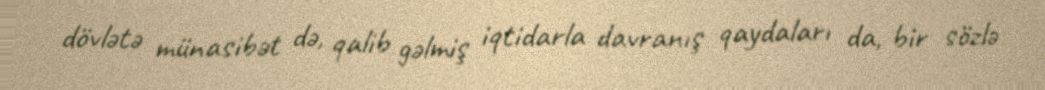
dövlətə münasibət də, qalib gəlmiş iqtidarla davranış qaydaları da, bir sözlə